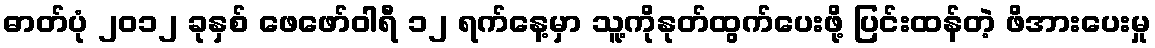
ဓာတ်ပုံ ၂၀၁၂ ခုနှစ် ဖေဖော်ဝါရီ ၁၂ ရက်နေ့မှာ သူ့ကိုနုတ်ထွက်ပေးဖို့ ပြင်းထန်တဲ့ ဖိအားပေးမှု